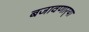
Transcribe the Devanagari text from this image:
बजावणार्‍या